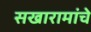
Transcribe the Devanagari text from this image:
सखारामांचे